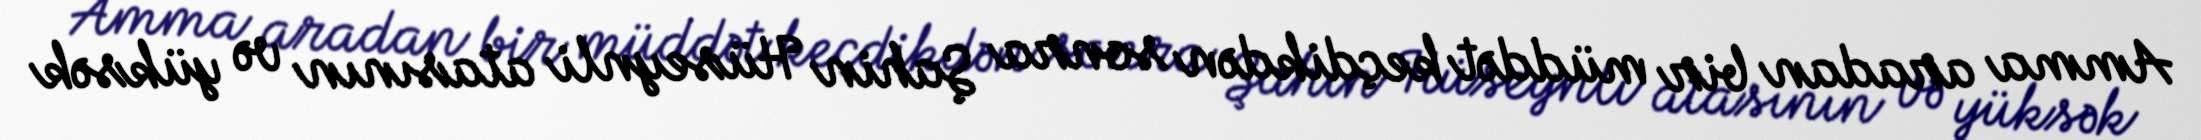
Amma aradan bir müddət keçdikdən sonra Şahin Hüseynli atasının və yüksək